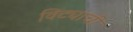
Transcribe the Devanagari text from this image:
विट्याची